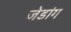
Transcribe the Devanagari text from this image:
जेडांग